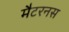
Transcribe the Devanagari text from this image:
मैटरनस